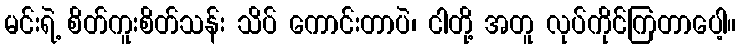
မင်းရဲ့ စိတ်ကူးစိတ်သန်း သိပ် ကောင်းတာပဲ၊ ငါတို့ အတူ လုပ်ကိုင်ကြတာပေါ့။